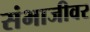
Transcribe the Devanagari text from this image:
संभाजीवर